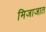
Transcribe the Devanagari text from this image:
मिजाजात